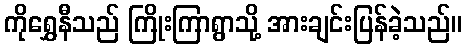
ကိုရွှေနီသည် ကြိုးကြာရွာသို့ အားချင်းပြန်ခဲ့သည်။